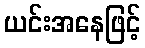
ယင်းအနေဖြင့်